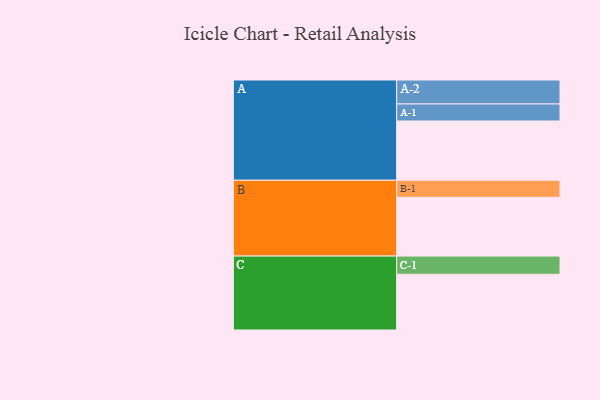
{"axis": {"x": "Segment", "y": "Value"}, "legend": ["", "A", "B", "C"], "data": [{"x": "A", "y": 351, "type": ""}, {"x": "B", "y": 348, "type": ""}, {"x": "C", "y": 330, "type": ""}, {"x": "A-1", "y": 101, "type": "A"}, {"x": "A-2", "y": 142, "type": "A"}, {"x": "B-1", "y": 101, "type": "B"}, {"x": "C-1", "y": 108, "type": "C"}]}